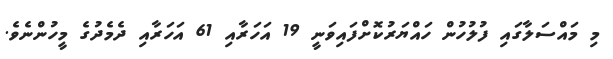
މި މައްސަލާގައި ފުލުހުން ހައްޔަރުކޮށްފައިވަނީ 19 އަހަރާއި 61 އަހަރާއި ދެމެދުގެ މީހުންނެވެ.